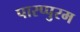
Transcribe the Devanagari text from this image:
पारप्पुरम